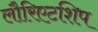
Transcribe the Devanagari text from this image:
लौरिएटशिप